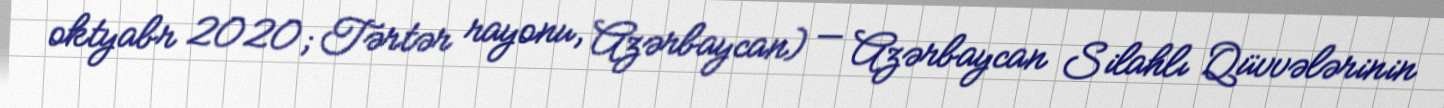
oktyabr 2020; Tərtər rayonu, Azərbaycan) — Azərbaycan Silahlı Qüvvələrinin